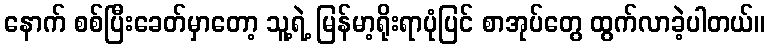
နောက် စစ်ပြီးခေတ်မှာတော့ သူ့ရဲ့ မြန်မာ့ရိုးရာပုံပြင် စာအုပ်တွေ ထွက်လာခဲ့ပါတယ်။